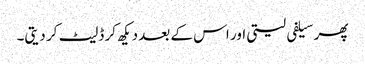
پھر سیلفی لیتی اور اس کے بعد دیکھ کر ڈلیٹ کر دیتی۔